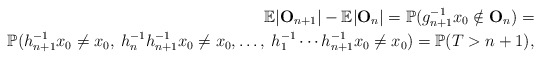
\begin{align*}\mathbb E |\mathbf O_{n+1}|-\mathbb E|\mathbf O_n|= \mathbb P(g_{n+1}^{-1}x_0\notin \mathbf O_n)=\\\mathbb P(h_{n+1}^{-1}x_0\neq x_0,\: h_n^{-1}h_{n+1}^{-1}x_0\neq x_0,\ldots,\: h_1^{-1}\cdots h_{n+1}^{-1}x_0\neq x_0)=\mathbb P(T>n+1),\end{align*}